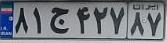
۸۱ج۴۲۷۸۷